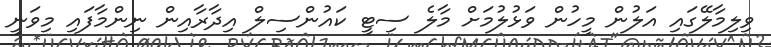
ވިލިމާލޭގައި އަލުން މީހުން ވަޅުލުމަށް މާލެ ސިޓީ ކައުންސިލް އިދާރާއިން ނިންމާފައި މިވަނީ